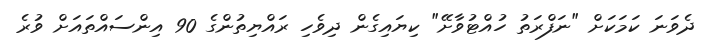
ދެވަނަ ކަމަކަށް "ނަފްރަތު ހުއްޓުވާށޭ" ކިޔައިގެން ދިވެހި ރައްޔިތުންގެ 90 އިންސައްތައަށް ވުރެ